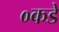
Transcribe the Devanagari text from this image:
०कडे